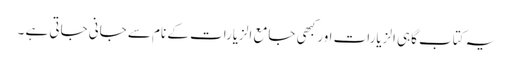
یہ کتاب گاہی الزیارات اور کبھی جامع الزیارات کے نام سے جانی جاتی ہے ۔